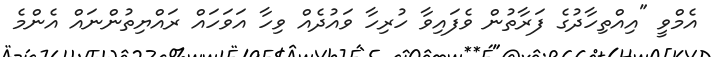
އެމްވީ "އިއްތިހާދުގެ ފަރާތުން ވެފައިވާ ހުރިހާ ވައުދެއް ވިހާ އަވަހައް ރައްޔިތުންނައް އެންމެ